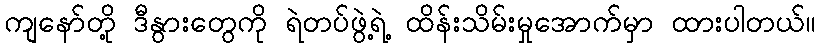
ကျနော်တို့ ဒီနွားတွေကို ရဲတပ်ဖွဲ့ရဲ့ ထိန်းသိမ်းမှုအောက်မှာ ထားပါတယ်။